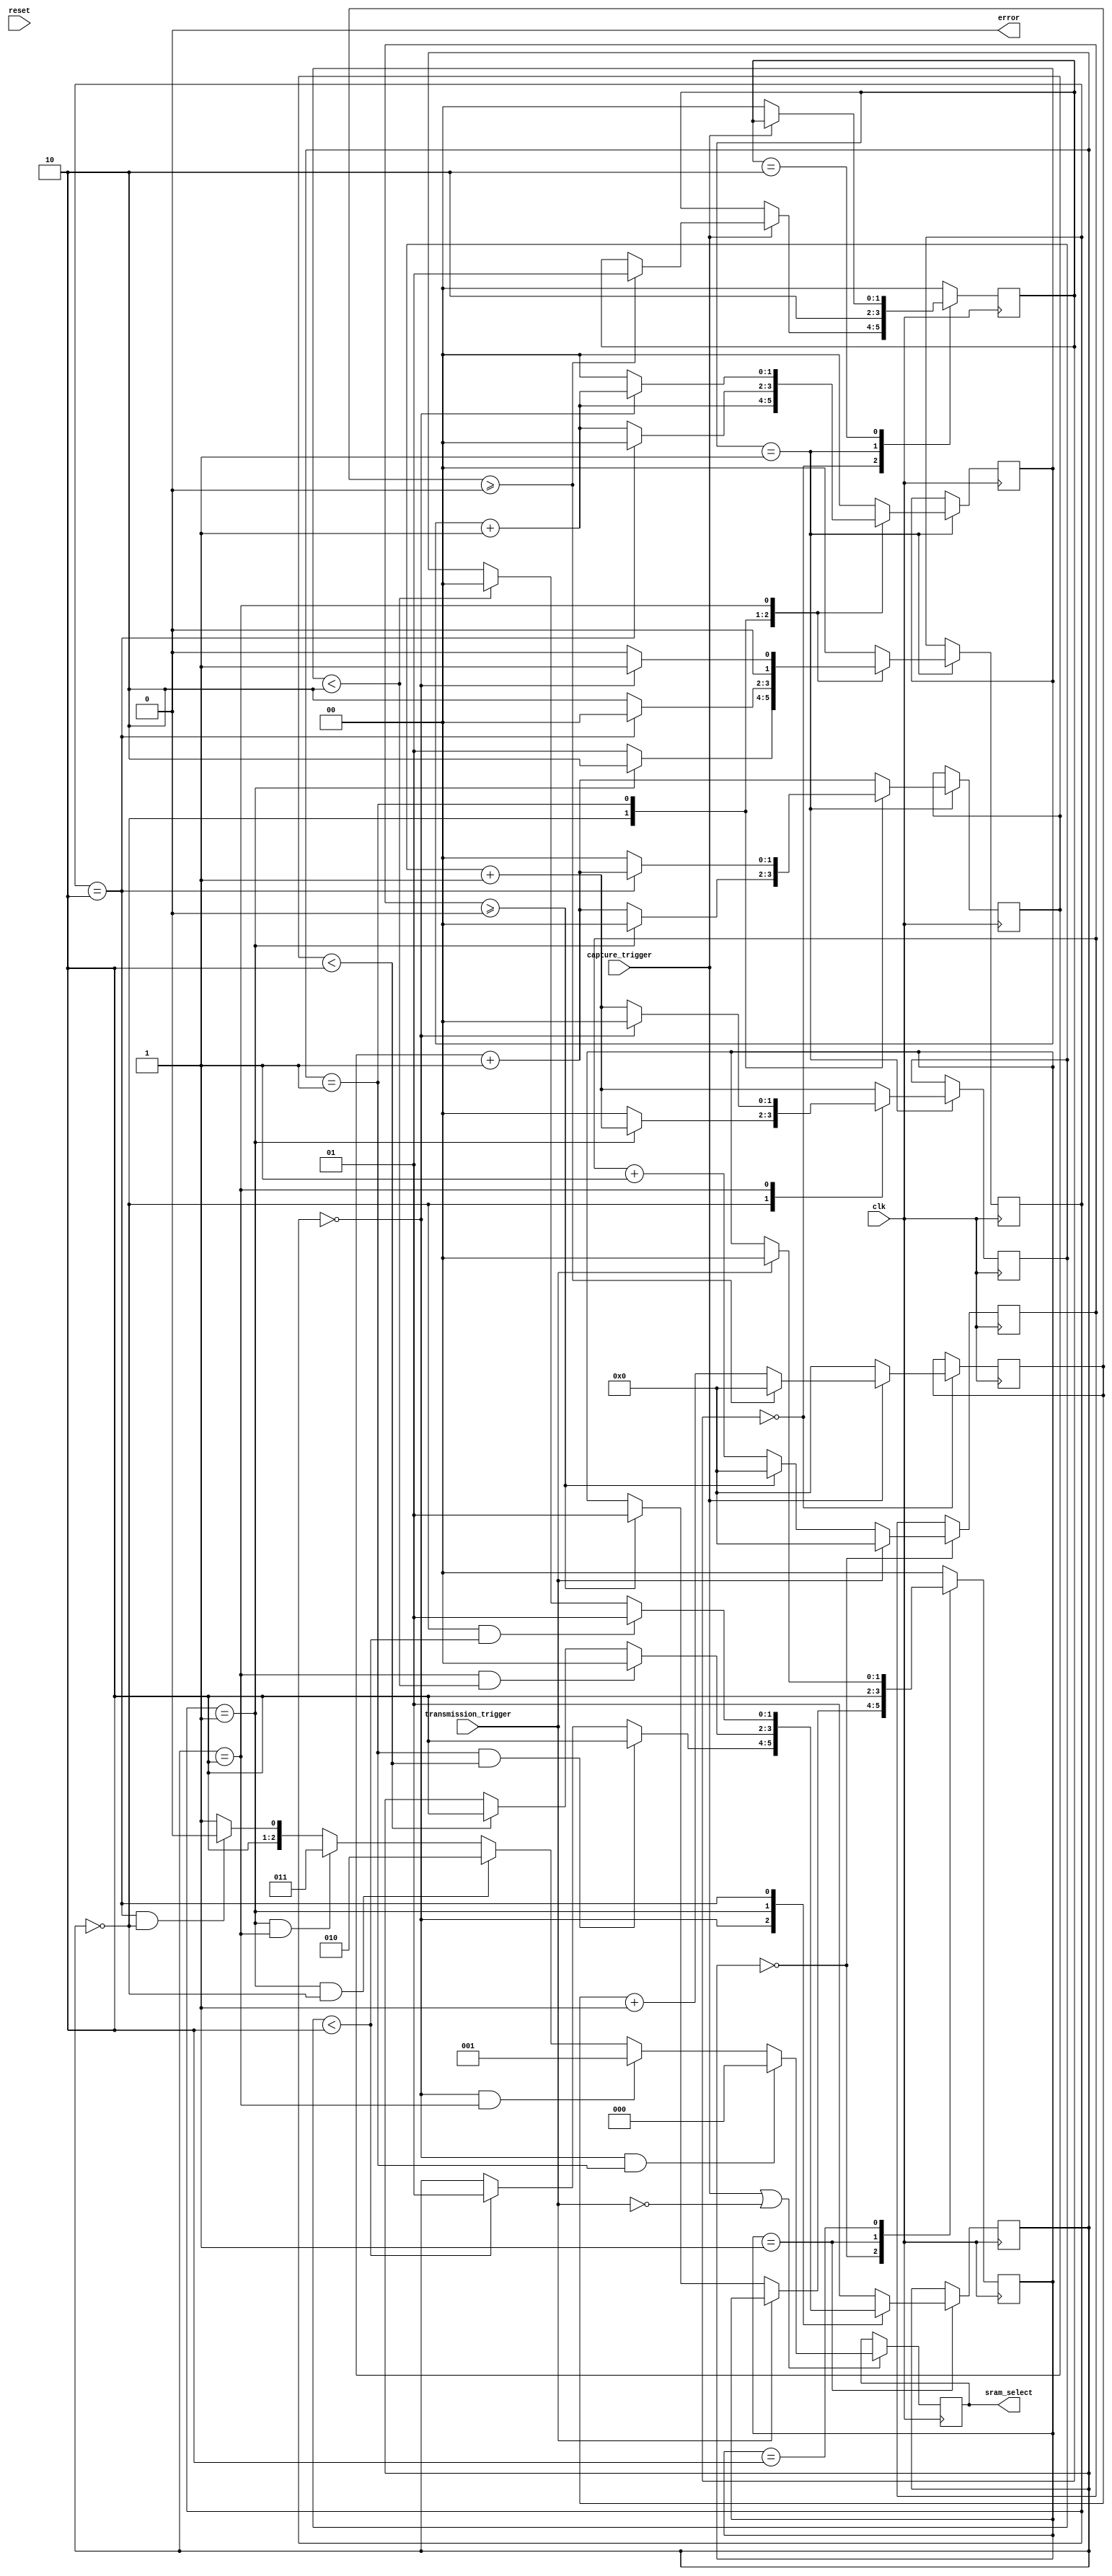
//Triple buffer controller
//Copyright (C) <2018>  <James Williams>

////This program is free software: you can redistribute it and/or modify
////it under the terms of the GNU General Public License as published by
////Free Software Foundation, either version 3 of the License, or
////(at your option) any later version.

////This program is distributed in the hope that it will be useful,
////but WITHOUT ANY WARRANTY; without even the implied warranty of
////MERCHANTABILITY or FITNESS FOR A PARTICULAR PURPOSE.  See the
////GNU General Public License for more details.

 ///You should have received a copy of the GNU General Public License
////along with this program.  If not, see <https://www.gnu.org/licenses/>.

//Main Controller

module tri_control
#(
parameter wait_cycles = 0,
parameter TRANS_ACTIVE = 0,
parameter CAP_ACTIVE = 1
)
(
input wire clk,//Input clock
input wire reset,//Reset line (active low)
input wire capture_trigger,//Incoming data trigger
input wire transmission_trigger,//Outgoing data trigger
output reg [2:0] sram_select,//Buffer selection line
output reg error //Used to detect when an invalid buffer selection state has occured
);

//Internal selection signal buffered for stability
wire [2:0] sram_int_select;

localparam [1:0] state_first_wait = 2'b00,//Wait for VSYNC to begin
			  state_switch = 2'b01,//Perform the buffer switch
			  state_second_wait = 2'b10;//Wait for VSYNC to end

//Buffer name definitions
localparam [1:0] X = 2'b00, 
					  Y = 2'b01,
					  Z = 2'b10;
					  
//Buffer selection states					  
localparam [2:0] A = 3'b000, //A->X : B->Y : D->Z
					  B = 3'b001, //A->X : B->Z : D->Y
					  C = 3'b010, //A->Y : B->x : D->Z
					  D = 3'b011, //A->Y : B->Z : D->X
					  E = 3'b100, //A->Z : B->X : D->Y
					  F = 3'b101; //A->Z : B->Y : D->X
					  
reg [1:0] camera_buff; //Keeps track of current incoming data buffer
reg [1:0] vga_buff; //Keeps track of current outgoing data buffer

//Buffer access couters
//These are incremented every time vga switches into them
//They are reset when the camera switches into them
reg [1:0] x_cnt;
reg [1:0] y_cnt;
reg [1:0] z_cnt;

//Holds the wrapper state machine states and wait times
reg [1:0] cap_state;
reg [1:0] trans_state;

reg [5:0] cap_count;
reg [5:0] trans_count;


			  
initial begin
	camera_buff <= X;
	vga_buff <= Y;
	sram_select <= A;
	error <= 1'b0;
	
	x_cnt <= 2'b0;
	y_cnt <= 2'b0;
	z_cnt <= 2'b0;
	
	cap_state = state_first_wait;
	trans_state = state_first_wait;
	
	cap_count = 0;
	trans_count = 0;

end

//State machine for the capture process
always @ (posedge clk) begin

	case(cap_state)
		
		state_first_wait: begin
			//If the capture trigger is active
			if(capture_trigger == CAP_ACTIVE) begin
				if(cap_count >= wait_cycles) begin
					cap_count <= 0;
					cap_state <= state_switch;
				end
				else begin
					cap_count <= cap_count + 1'b1;
				end
			end
			//If not active, reset the counter
			else begin
				cap_count <= 0;
			end
		
		end
	
		state_switch: begin
			//Perform the buffer switch
			cap_switch();
			//Wait for the frame to start
			cap_state <= state_second_wait;
		end
		
		state_second_wait: begin
		//Once vsync deactivates
			if(capture_trigger != CAP_ACTIVE) begin
				cap_state <= state_first_wait;
			end
		end
		
		default: begin
			cap_state <= state_first_wait;
		end
		
	endcase
end


//State machine for the transmission process
always @ (posedge clk) begin

	case(trans_state)
		
		state_first_wait: begin
			//If the capture trigger is active
			if(transmission_trigger == TRANS_ACTIVE) begin
				if(trans_count >= wait_cycles) begin
					trans_count <= 0;
					trans_state <= state_switch;
				end
				else begin
					trans_count <= trans_count + 1'b1;
				end
			end
			//If not active, reset the counter
			else begin
				trans_count <= 0;
			end
		
		end
	
		state_switch: begin
			//Perform the buffer switch
			trans_switch();
			//Wait for the frame to start
			trans_state <= state_second_wait;
		end
		
		state_second_wait: begin
		//Once vsync deactivates
			if(transmission_trigger != TRANS_ACTIVE) begin
				
				trans_state <= state_first_wait;
			end
		end
		
		default: begin
			trans_state <= state_first_wait;
		end
		
	endcase
end

//Advancing the capture buffer to the next state
task cap_switch;
begin

case(vga_buff) //Looking at which buffer is currently busy with VGA
		
			X: begin
				if(camera_buff == Y) begin
					camera_buff <= Z;
					z_cnt <= 2'b0;
					x_cnt <= x_cnt + 1'b1;
					y_cnt <= y_cnt + 1'b1;
				end
				else begin
					camera_buff <= Y;
					y_cnt <= 2'b0;
					x_cnt <= x_cnt + 1'b1;
					z_cnt <= z_cnt + 1'b1;
				end
			end
			
			Y: begin
				if(camera_buff == Z) begin
					camera_buff <= X;
					x_cnt <= 2'b0;
					z_cnt <= z_cnt + 1'b1;
					y_cnt <= y_cnt + 1'b1;
				end
				else begin
					camera_buff <= Z;
					z_cnt <= 2'b0;
					x_cnt <= x_cnt + 1'b1;
					y_cnt <= y_cnt + 1'b1;
				end
			end
			
			Z: begin
				if(camera_buff == X) begin
					camera_buff <= Y;
					y_cnt <= 2'b0;
					x_cnt <= x_cnt + 1'b1;
					z_cnt <= z_cnt + 1'b1;
				end
				else begin
					camera_buff <= X;
					x_cnt <= 2'b0;
					z_cnt <= z_cnt + 1'b1;
					y_cnt <= y_cnt + 1'b1;
				end
			end
			
			default begin
				camera_buff <= X;
				x_cnt <= 2'b0;
				z_cnt <= z_cnt + 1'b1;
				y_cnt <= y_cnt + 1'b1;
			end
			
		endcase

end
endtask

//Advancing the transmission buffer to the next state
task trans_switch;
begin

	case(camera_buff) //Looking at which buffer is currently busy with camera
	
		X: begin
			if(vga_buff == Y && z_cnt < 2) begin
				vga_buff <= Z;
			end
			else if(y_cnt < 2) begin
				vga_buff <= Y;
			end
		end
		
		Y: begin
			if(vga_buff == Z && x_cnt < 2) begin
				vga_buff <= X;
			end
			else if(z_cnt < 2) begin
				vga_buff <= Z;
			end
		end
		
		Z: begin
			if(vga_buff == X && y_cnt < 2) begin
				vga_buff <= Y;
			end
			else if(x_cnt < 2) begin
				vga_buff <= X;
			end
		end
		
		default begin
			vga_buff <= Y;
		end
		
	endcase

end
endtask


//Pushing the selection state out to the MUXes
always @ (posedge clk) begin

//If we're in an active state
	if(capture_trigger == CAP_ACTIVE || transmission_trigger == TRANS_ACTIVE) begin
		sram_select <= sram_int_select;
	end

end

assign sram_int_select = (camera_buff == X && vga_buff == Y) ? A : 
						((camera_buff == X && vga_buff == Z) ? B :
						((camera_buff == Y && vga_buff == X) ? C :
						((camera_buff == Y && vga_buff == Z) ? D :
						((camera_buff == Z && vga_buff == X) ? E : F))));


endmodule